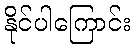
နိုင်ပါကြောင်း